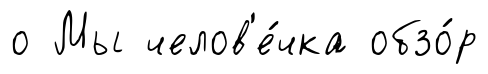
о Мы челов'е́чка обзо́р